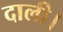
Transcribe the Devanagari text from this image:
दाली।